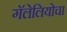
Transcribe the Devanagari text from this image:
गॅलेलियोचा